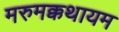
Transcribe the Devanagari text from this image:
मरुमक्कथायम